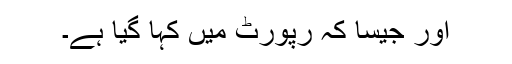
اور جیسا کہ رپورٹ میں کہا گیا ہے۔